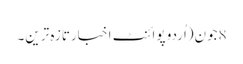
8جون(اُردو پوائنٹ اخبارتازہ ترین۔